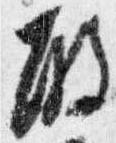
殿